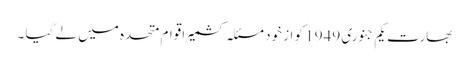
بھارت یکم جنوری 1949 کو از خود مسئلہ کشمیر اقوام متحدہ میں لے گیا ۔